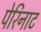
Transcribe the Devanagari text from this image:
पेरिनाट